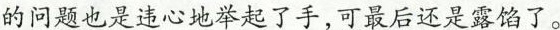
的问题也是违心地举起了手，可最后还是露馅了。